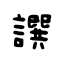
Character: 譔